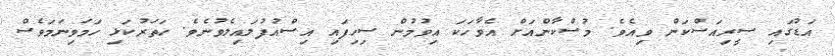
އަޑުގައި ސީރިއަސްކަން ވިއެވެ. މުސްކާންއަށް އެވާހަކަ އިވުމުން ސިހިފައި އިސްއުފުލައިލެވުނެވެ. ހަތަރުކަޅި ހަމަވިނަމަވެސް